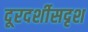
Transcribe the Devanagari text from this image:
दूरदर्शीसदृश